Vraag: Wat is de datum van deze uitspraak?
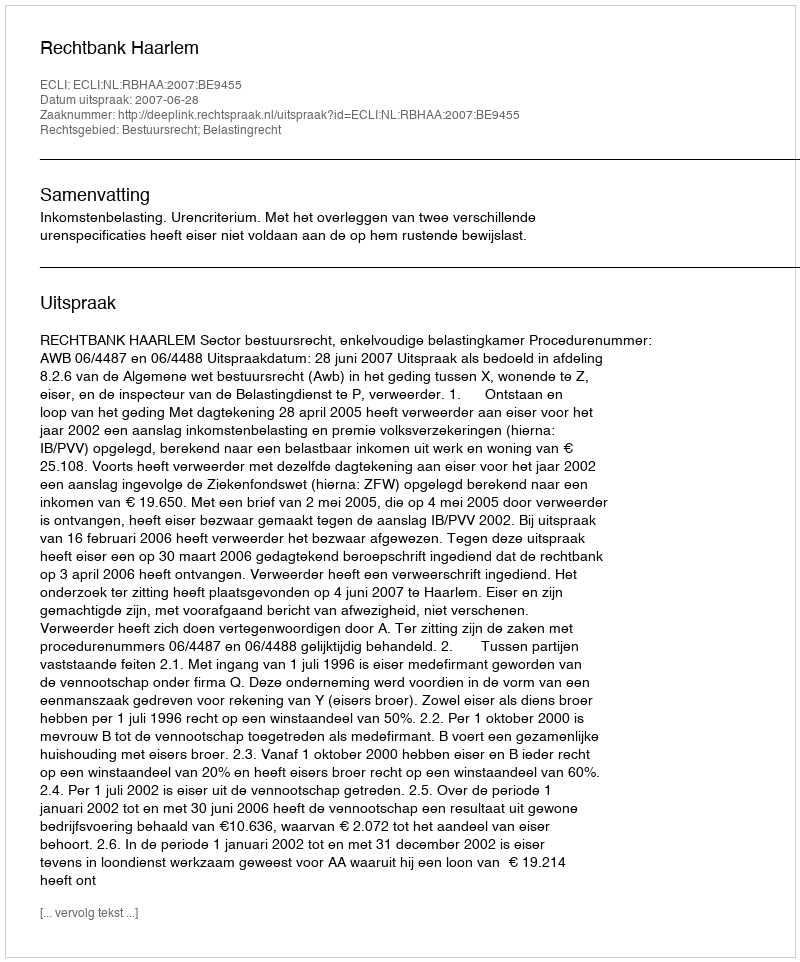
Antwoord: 2007-06-28